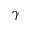
\gamma